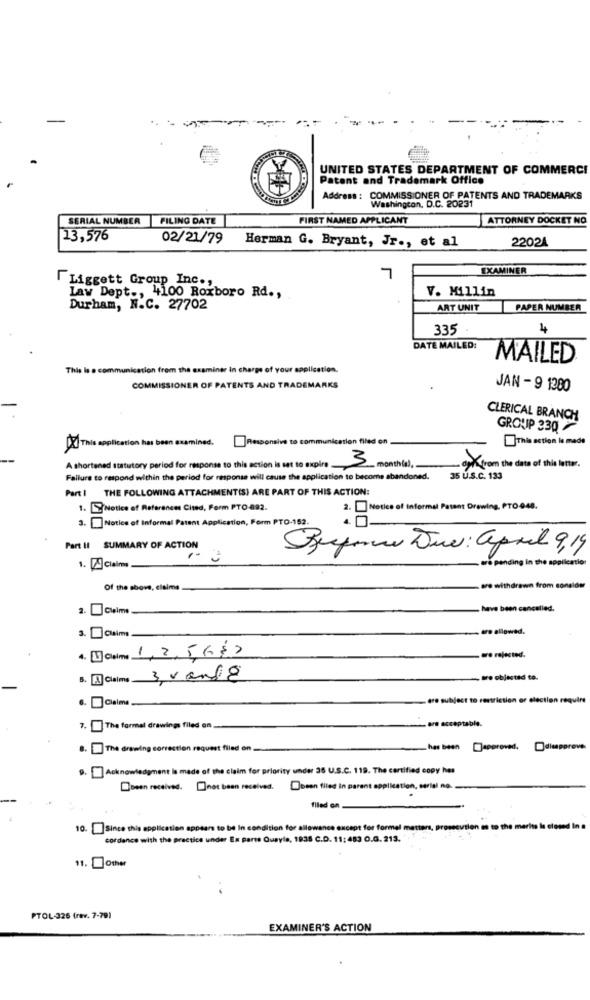
UNITED STATES DEPARTMENT OF COMMERCE
Patent and Trademark Office
Address : COMMISSIONER OF PATENTS AND TRADEMARKS
Washington, D.C. 20231
SERIAL NUMBER FILING DATE
FIRST NAMED APPLICANT
ATTORNEY DOCKET NO
13,576
02/21/79
22024
Herman G. Bryant, Jr ., et al
L
EXAMINER
Liggett Group Inc .,
V. Millin
Law Dept ., 4100 Roxboro Rd .,
Durham, N.C. 27702
ART UNIT
PAPER NUMBER
335
4
DATE MAILED:
MAILED
This is a communication from the examiner In charge of your application.
COMMISSIONER OF PATENTS AND TRADEMARKS
JAN - 9 1280
CLERICAL BRANCH
GROUP 330
Responsive to communication filed on
This action la made
[X] This application has been examined.
3
A shortened statutory period for response to this action is set to expire __
month(a),
dyKfrom the data of this letter.
Failure to respond within the period for response will cause the application to become abandoned.
35 U.S.C. 133
Part 1
THE FOLLOWING ATTACHMENTIS) ARE PART OF THIS ACTION:
1. S'Notice of Referenens Cited, Form PTO-892.
2.] Noties of Informal Patent Drawing, PTO048.
3. Notice of Informal Patent Application, Form PTO-152.
Part II SUMMARY OF ACTION
Beefone Due: april 9,19
are pending in the application
1. 4 Claims
Of the above, claims
are withdrawn from consider
2. Claims
have been cancelled.
tre allowed.
3. Claims
4. 11 Clime 1,2,5682
are rejected.
5. 1 Claims 3vando
- are objected to.
Claims
-are subject to restriction or electie
quine
- are acceptable.
7. The formal drawings filed on
The drawing correction request filed on
has been []approved, disapprove
9.] Acknowledgment Is made of the claim for priority under 35 U.S.C. 119. The certified copy hes
been received. not been received.
Dosen filed in parent application, serial no.
filed on
10. ]Since this application appears to be In condition for allowance except for formal matters, prosecution es to the merits Is closed In a
cordance with the practice under Ex parte Quayle, 1838 C.D. 11: 453 O.G. 213.
11. other
PTOL-326 (rev. 7-79)
EXAMINER'S ACTION